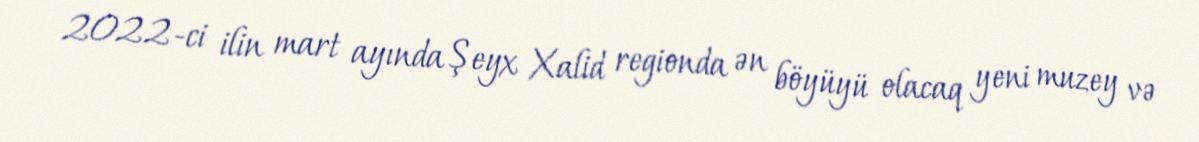
2022-ci ilin mart ayında Şeyx Xalid regionda ən böyüyü olacaq yeni muzey və